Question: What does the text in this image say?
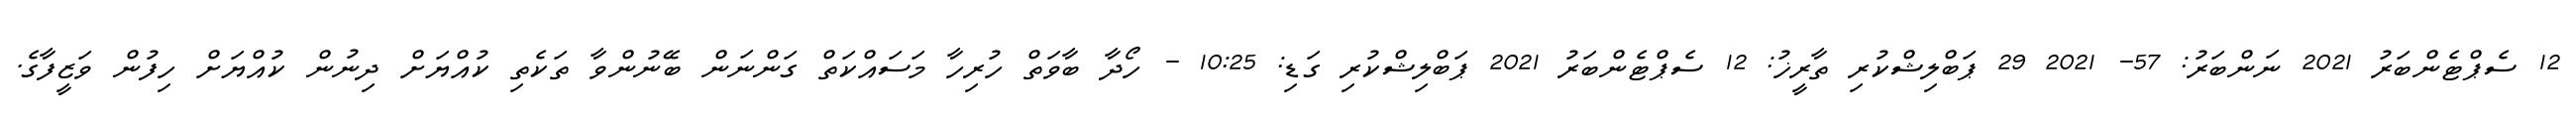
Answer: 12 ސެޕްޓެންބަރު 2021 ނަންބަރު: 57- 2021 29 ޕަބްލިޝްކުރި ތާރީޚު: 12 ސެޕްޓެންބަރު 2021 ޕަބްލިޝްކުރި ގަޑި: 10:25 - ހޯދާ ބާވަތް ހުރިހާ މަސައްކަތް ގަންނަން ބޭނުންވާ ތަކެތި ކުއްޔަށް ދިނުން ކުއްޔަށް ހިފުން ވަޒީފާގެ.